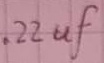
Text: .22µF